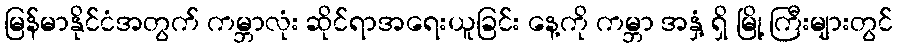
မြန်မာနိုင်ငံအတွက် ကမ္ဘာလုံး ဆိုင်ရာအရေးယူခြင်း နေ့ကို ကမ္ဘာ အနှံ့ ရှိ မြို့ ကြီးများတွင်